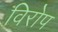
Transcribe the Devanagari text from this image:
विरोप